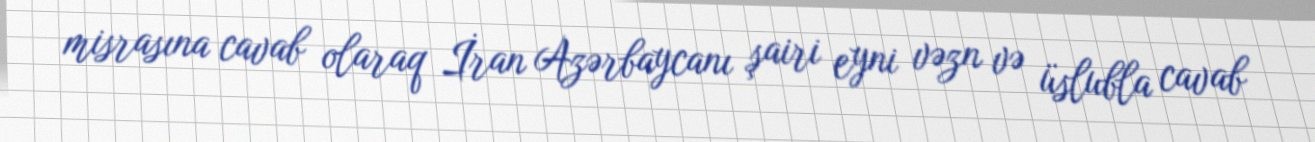
misrasına cavab olaraq İran Azərbaycanı şairi eyni vəzn və üslubla cavab